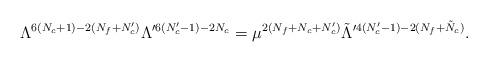
LaTeX: \begin{align*} \Lambda^{6(N_c+1)-2(N_f+N_c')}\Lambda^{\prime 6(N_c'-1)-2N_c} = \mu^{2(N_f+N_c+N_c')} \tilde{\Lambda}^{\prime 4(N_c'-1)-2(N_f+\tilde{N}_c)}.\end{align*}